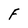
Character: F